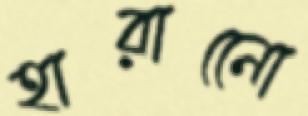
হারানেো